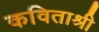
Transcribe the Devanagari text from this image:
कविताश्री